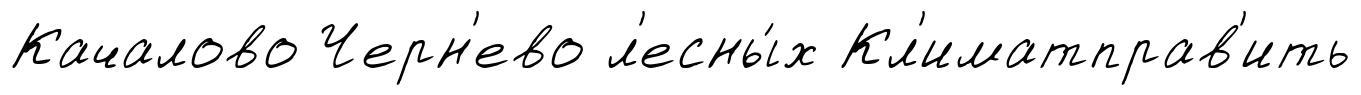
Качалово Черн'ево л'есны́х Кл'иматправ'ить